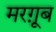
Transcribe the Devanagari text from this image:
मरग़ूूब